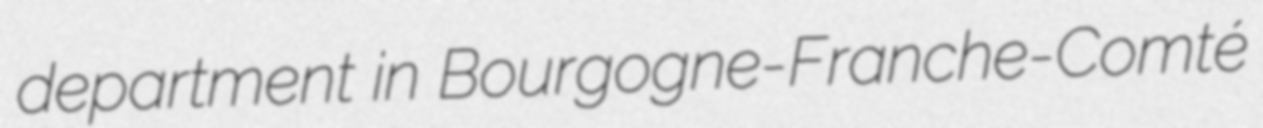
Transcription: department in Bourgogne-Franche-Comté